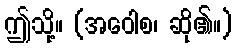
ဤသို့။ (အဝေါစ၊ ဆို၏။)